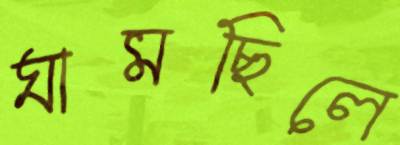
ঘামছিলে